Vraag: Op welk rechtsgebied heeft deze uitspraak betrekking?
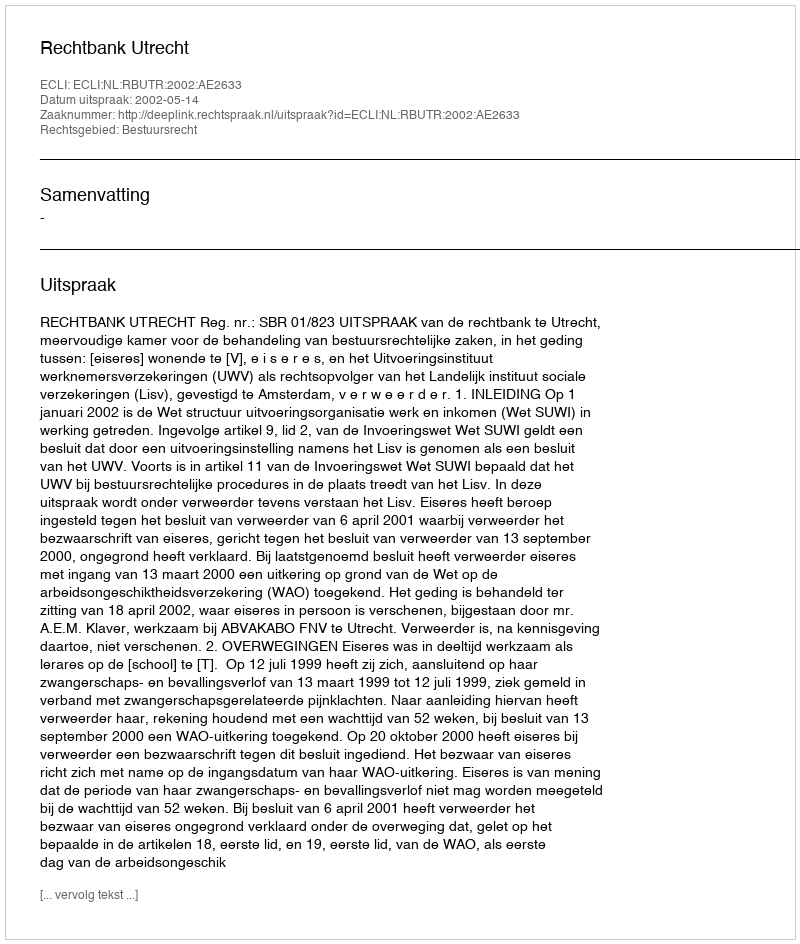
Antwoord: Bestuursrecht